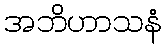
အဘိဟာသနံ